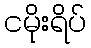
ငမိုးရိပ်